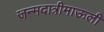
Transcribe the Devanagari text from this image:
जन्मदात्रीमाऊली